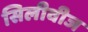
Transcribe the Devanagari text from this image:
सिलीवीज